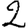
Digit: 2